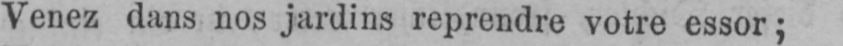
Venez dans nos jardins reprendre votre essor;